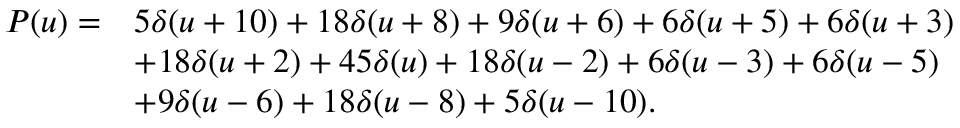
{ \begin{array} { r l } { P ( u ) = } & { 5 \delta ( u + 1 0 ) + 1 8 \delta ( u + 8 ) + 9 \delta ( u + 6 ) + 6 \delta ( u + 5 ) + 6 \delta ( u + 3 ) } \\ & { + 1 8 \delta ( u + 2 ) + 4 5 \delta ( u ) + 1 8 \delta ( u - 2 ) + 6 \delta ( u - 3 ) + 6 \delta ( u - 5 ) } \\ & { + 9 \delta ( u - 6 ) + 1 8 \delta ( u - 8 ) + 5 \delta ( u - 1 0 ) . } \end{array} }